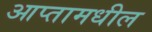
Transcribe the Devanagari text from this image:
आप्तामधील